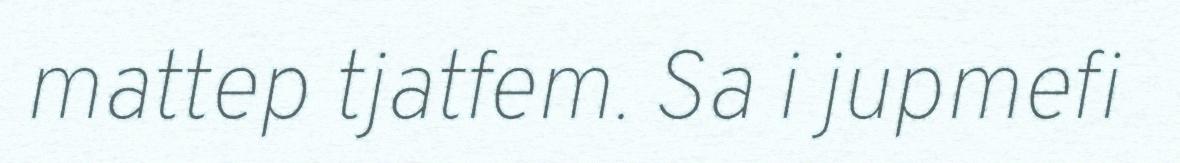
mattep tjatfem. Sa i jupmefi